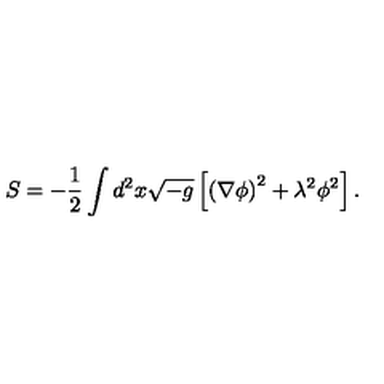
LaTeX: S = - { \frac { 1 } { 2 } } \int d ^ { 2 } x \sqrt { - g } \left[ \left( \nabla \phi \right) ^ { 2 } + \lambda ^ { 2 } \phi ^ { 2 } \right] .